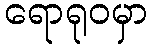
ရောရုဝမှာ